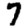
Digit: 7